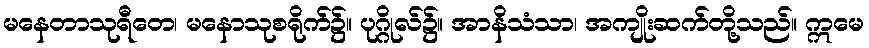
မနေတာသုရီတေ၊ မနောသုစရိုက်၌။ ပုဂ္ဂိုလ်၌။ အာနိသံသာ၊ အကျိုးဆက်တို့သည်။ ဣမေ